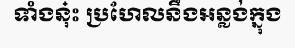
ទាំងនុ៎ះ ប្រហែលនឹងអន្លង់ក្នុង